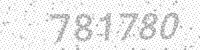
Solution: 781780